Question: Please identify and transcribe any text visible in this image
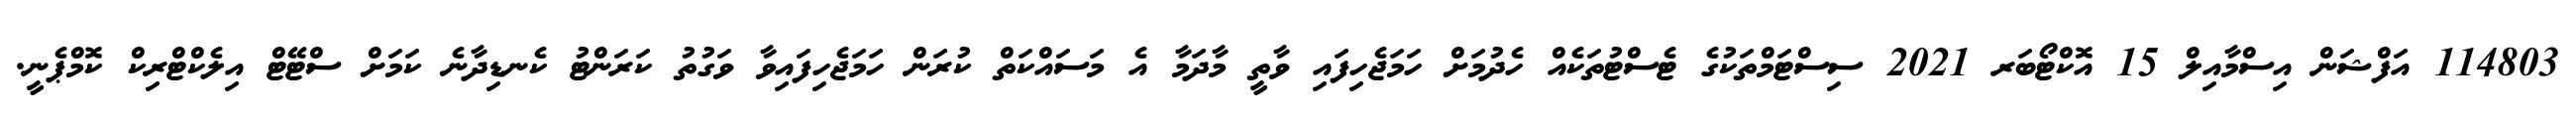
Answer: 114803 އަފްޝަން އިސްމާއިލް 15 އޮކްޓޯބަރ 2021 ސިސްޓަމްތަކުގެ ޓެސްޓުތަކެއް ހެދުމަށް ހަމަޖެހިފައި ވާތީ މާދަމާ އެ މަސައްކަތް ކުރަން ހަމަޖެހިފައިވާ ވަގުތު ކަރަންޓު ކެނޑިދާނެ ކަމަށް ސްޓޭޓް އިލެކްޓްރިކް ކޮމްޕެނީ.